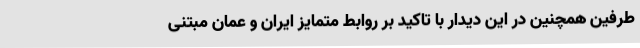
طرفین همچنین در این دیدار با تاکید بر روابط متمایز ایران و عمان مبتنی